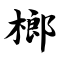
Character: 榔